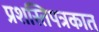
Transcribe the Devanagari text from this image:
प्रशस्तिपत्रकात